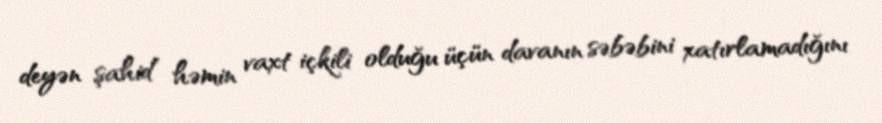
deyən şahid həmin vaxt içkili olduğu üçün davanın səbəbini xatırlamadığını